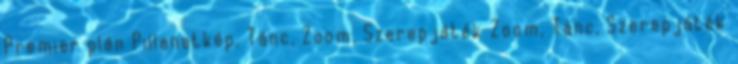
Premier plán Pillanatkép, Tánc, Zoom, Szerepjáték Zoom, Tánc, Szerepjáték